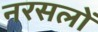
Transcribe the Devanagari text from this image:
नरसलों